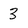
Character: 3